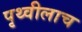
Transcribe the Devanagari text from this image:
पृथ्वीलाच